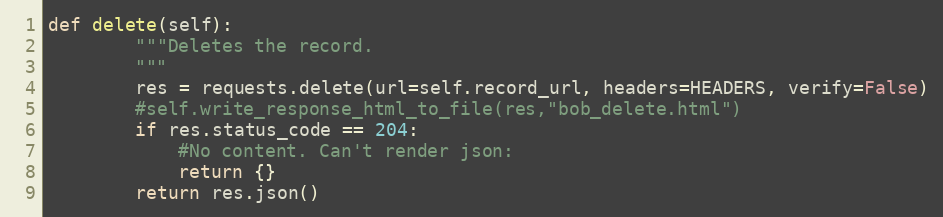
Language: Python
def delete(self):
        """Deletes the record.
        """
        res = requests.delete(url=self.record_url, headers=HEADERS, verify=False)
        #self.write_response_html_to_file(res,"bob_delete.html")
        if res.status_code == 204:
            #No content. Can't render json:
            return {}
        return res.json()